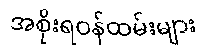
အစိုးရဝန်ထမ်းများ